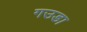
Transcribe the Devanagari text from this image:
गउडा